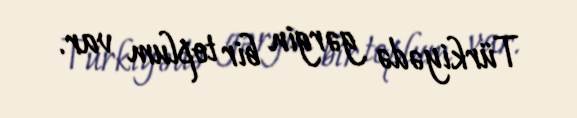
Türkiyədə gərgin bir toplum var.